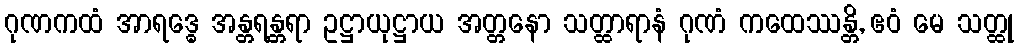
ဂုဏကထံ အာရဒ္ဓေ အန္တရန္တရာ ဥဋ္ဌာယုဋ္ဌာယ အတ္တနော သတ္ထာရာနံ ဂုဏံ ကထေဿန္တိ, ဧဝံ မေ သတ္ထု